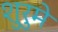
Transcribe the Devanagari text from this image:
शुरुमे